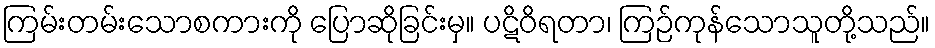
ကြမ်းတမ်းသောစကားကို ပြောဆိုခြင်းမှ။ ပဋိဝိရတာ၊ ကြဉ်ကုန်သောသူတို့သည်။